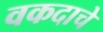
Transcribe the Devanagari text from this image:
वकदाचे